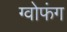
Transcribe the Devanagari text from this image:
ग्वोफंग